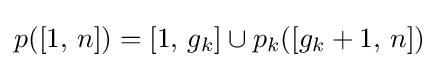
p([1,\,n])=[1,\,g_{k}]\cup p_{k}([g_{k}+1,\,n])